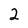
Character: 2